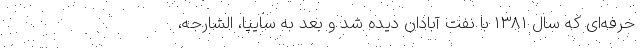
حرفه‌ای که سال 1381 با نفت آبادان دیده شد و بعد به سایپا، الشارجه،